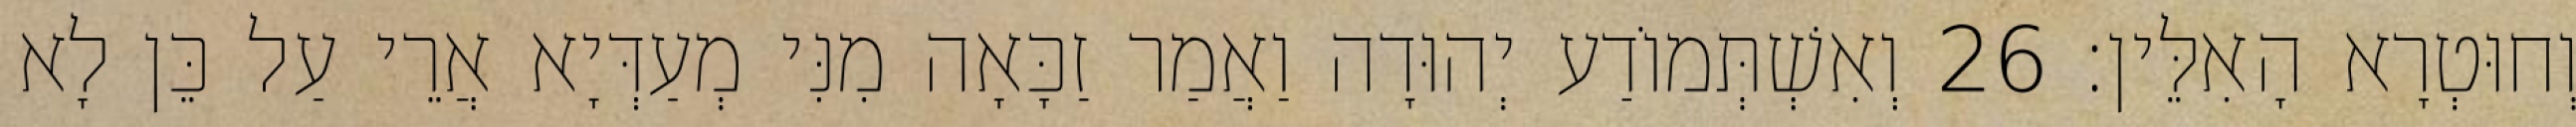
וְחוּטְרָא הָאִלֵּין׃ 26 וְאִשְׁתְּמוֹדַע יְהוּדָה וַאֲמַר זַכָּאָה מִנִּי מְעַדְּיָא אֲרֵי עַל כֵּן לָא